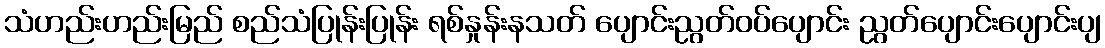
သံဟည်းဟည်းမြည် စည်သံပြုန်းပြုန်း ရစ်နှုန်းနသတ် ပျောင်းညွတ်ဝပ်ပျောင်း ညွတ်ပျောင်းပျောင်းပျ